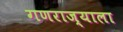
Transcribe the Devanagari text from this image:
गणराज्याला